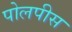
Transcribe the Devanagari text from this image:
पोलपीस